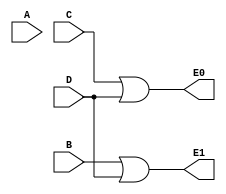
`timescale 1ns/1ps

module enc_4_to_2(
    input A, 
    input B, 
    input C,
    input D,

    output E0,
    output E1
);

assign E0 = C | D;
assign E1 = B | D;

endmodule